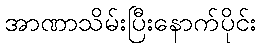
အာဏာသိမ်းပြီးနောက်ပိုင်း